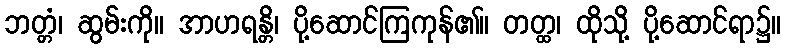
ဘတ္တံ၊ ဆွမ်းကို။ အာဟရန္တိ၊ ပို့ဆောင်ကြကုန်၏။ တတ္ထ၊ ထိုသို့ ပို့ဆောင်ရာ၌။